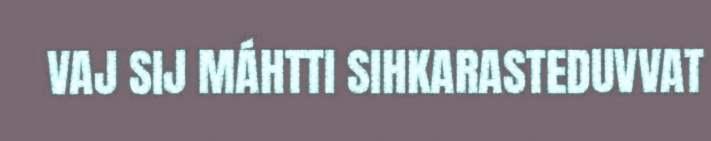
VAJ SIJ MÁHTTI SIHKARASTEDUVVAT